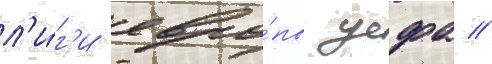
л'и́г'и евро́пы уефа //